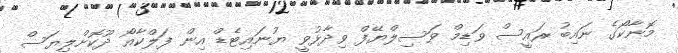
މޮނާކޯގެ ނައިބު ރައީސް ވަޑިމް ވަސިލްޔޭފް ވިދާޅުވީ ޔުނައިޓެޑް އިން ފަލްކާއޯ ދޫކޮށްލިޔަސް